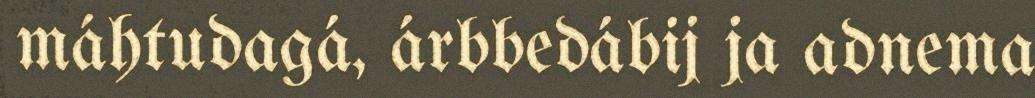
máhtudagá, árbbedábij ja adnema